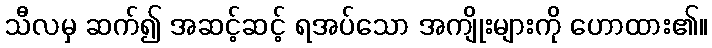
သီလမှ ဆက်၍ အဆင့်ဆင့် ရအပ်သော အကျိုးများကို ဟောထား၏။